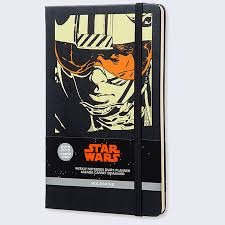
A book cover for Moleskine 2015-2016 Star Wars Weekly Notebook, 18 Month: Black, Large; Calendars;